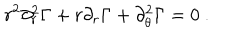
r ^ { 2 } \partial _ { r } ^ { 2 } \Gamma + r \partial _ { r } \Gamma + \partial _ { \theta } ^ { 2 } \Gamma = 0 \ .